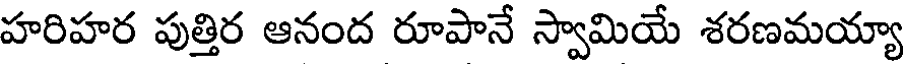
హరిహర పుత్తిర ఆనంద రూపానే స్వామియే శరణమయ్యా